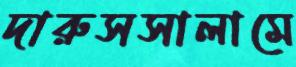
দারুসসালামে